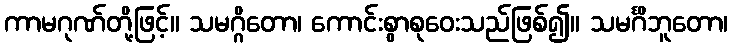
ကာမဂုဏ်တို့ဖြင့်။ သမဂ္ဂိတော၊ ကောင်းစွာစုဝေးသည်ဖြစ်၍။ သမင်္ဂိဘူတော၊